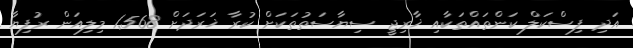
އަދި ފިސްކަލް ކަންތައްތަކާއި ޚާރިޖީ ސިޔާސަތުތަކަށް ކުރާ ޚަރަދަށް 1